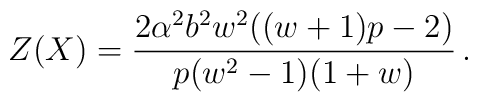
Z(X)=\frac{2\alpha^2 b^2 w^2((w+1)p -2)}{p(w^2-1)(1+w)} \,.